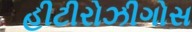
હીટીરોઝીગોસ